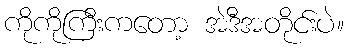
ကိုကိုကြီးကတော့ အဲဒီအတိုင်းပဲ။